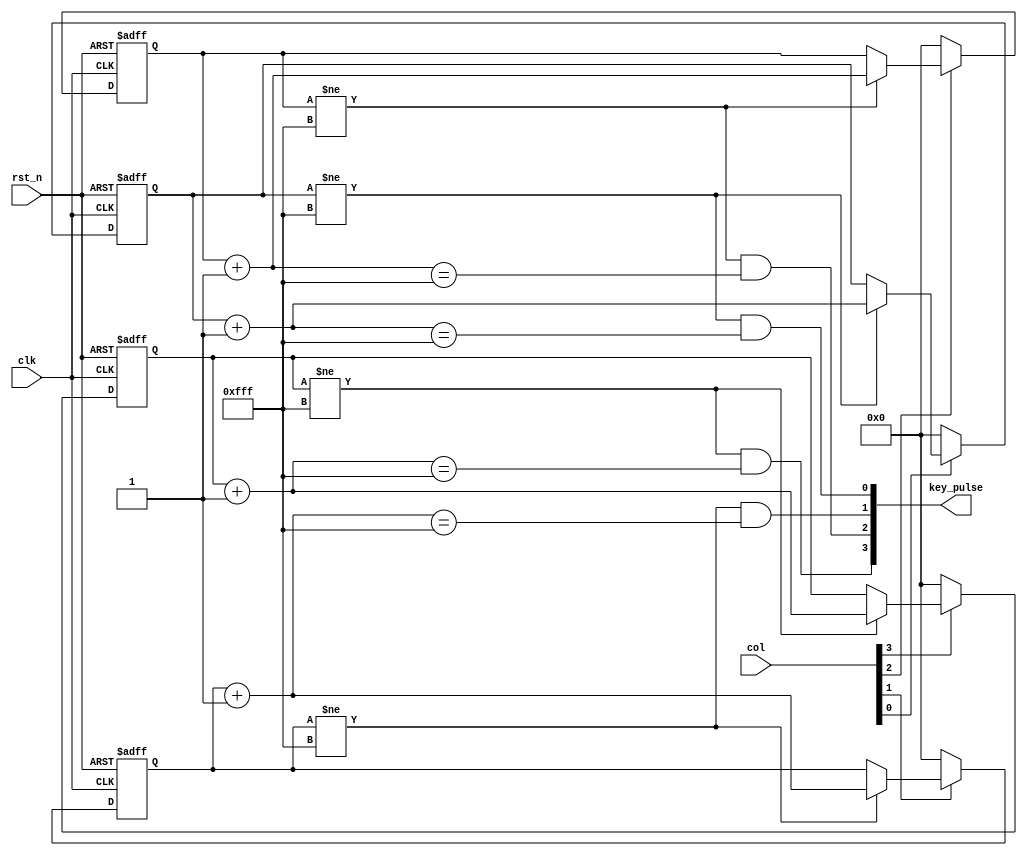
// -----------------------------Details----------------------------------- // 
// Version     : 1.0
// Description : process keyboard input
// -----------------------------History----------------------------------- //
// Date      BY          Version  Change Description
//
// 20201210  flyjancy   1.0      Initial Release. 
// ----------------------------------------------------------------------- // 

module keyboard(
    input           clk,
    input           rst_n,
    input  [3 : 0]  col, // column input, 1 enable
    output [3 : 0]  key_pulse // if key pushed, output 1
);

reg  [11 : 0] treg0; // tmp reg
reg  [11 : 0] treg1; // tmp reg
reg  [11 : 0] treg2; // tmp reg
reg  [11 : 0] treg3; // tmp reg
wire [11 : 0] treg0_nxt = treg0 + 1'b1; // tmp reg next val
wire [11 : 0] treg1_nxt = treg1 + 1'b1; // tmp reg next val
wire [11 : 0] treg2_nxt = treg2 + 1'b1; // tmp reg next val
wire [11 : 0] treg3_nxt = treg3 + 1'b1; // tmp reg next val

// when tregx = 12'hffe and tregx_nxt = 12'hfff
// key_pulse will be 1
// then, tregx will be 12'hfff
// when tregx == 12'hfff, it will keep until keyboard not pushed
always @ (posedge clk or negedge rst_n) begin
    if (~rst_n) begin
        treg0 <= 12'b0;
        treg1 <= 12'b0;
        treg2 <= 12'b0;
        treg3 <= 12'b0;
    end
    else begin
        if (col[0]) begin 
            if (treg0 != 12'hfff) // if treg0 == 12'hfff, it will keep until keyboard not pushed
                treg0 <= treg0_nxt;
        end
        else begin
            treg0 <= 12'b0;
        end

        if (col[1]) begin
            if (treg1 != 12'hfff) // if treg1 == 12'hfff, it will keep until keyboard not pushed
                treg1 <= treg1_nxt;
        end
        else begin   
            treg1 <= 12'b0;
        end

        if (col[2]) begin
            if (treg2 != 12'hfff) // if treg2 == 12'hfff, it will keep until keyboard not pushed
                treg2 <= treg2_nxt;
        end
        else begin
            treg2 <= 12'b0;
        end

        if (col[3]) begin
            if (treg3 != 12'hfff) // if treg3 == 12'hfff, it will keep until keyboard not pushed
                treg3 <= treg3_nxt;
        end
        else begin        
            treg3 <= 12'b0;
        end
    end
end

assign key_pulse[3] = (treg3 != 12'hfff) & (treg3_nxt == 12'hfff); 
assign key_pulse[2] = (treg2 != 12'hfff) & (treg2_nxt == 12'hfff);
assign key_pulse[1] = (treg1 != 12'hfff) & (treg1_nxt == 12'hfff);
assign key_pulse[0] = (treg0 != 12'hfff) & (treg0_nxt == 12'hfff);

endmodule